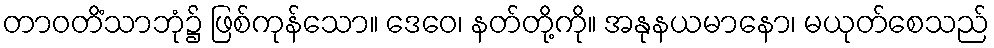
တာဝတိံသာဘုံ၌ ဖြစ်ကုန်သော။ ဒေဝေ၊ နတ်တို့ကို။ အနုနယမာနော၊ မယုတ်စေသည်